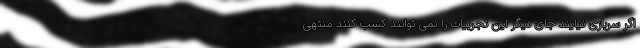
اگر سربازی نیایند جای دیگر این تجربیات را نمی توانند کسب کنند منتهی